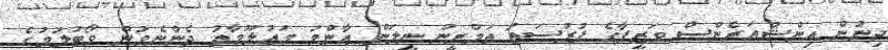
ދިނުން އިންޝުއަރެންސް ވަޒީފާގެ ފުރުޞަތު ތަމްރީނު ނީލަން ޢާންމު މަޢުލޫމާތު ދެންނެވުން ވޯޓުލުމުގެ